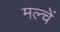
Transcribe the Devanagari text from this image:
मल्चें